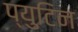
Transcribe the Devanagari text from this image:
प्युटिन